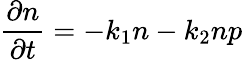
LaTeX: \frac{\partial n}{\partial t}=-k_{1}n-k_{2}np